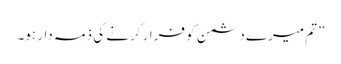
” تم میرے دشمن کو فرار کرنے کی ذمہ دار ہو۔